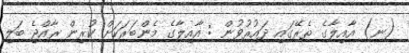
(ނ) އާއިލާގެ ތެރޭގައި ދައުރުވުން : އާއިލާގެ މެންބަރަކަށް ކުރިން ރާއްޖެ ބަލި